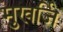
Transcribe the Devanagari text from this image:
मुखर्जि